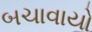
બચાવાયો